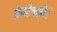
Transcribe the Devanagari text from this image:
कंकटेश्वरतीर्थ